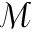
\mathcal { M }